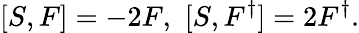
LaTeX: [S,F]=-2F,\thinspace\thinspace[S,F^{\dagger}]=2F^{\dagger}.